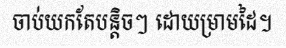
ចាប់យកតែបន្តិចៗ ដោយម្រាមដៃ។